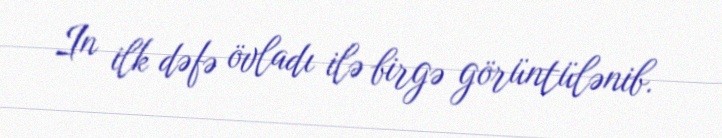
In ilk dəfə övladı ilə birgə görüntülənib.